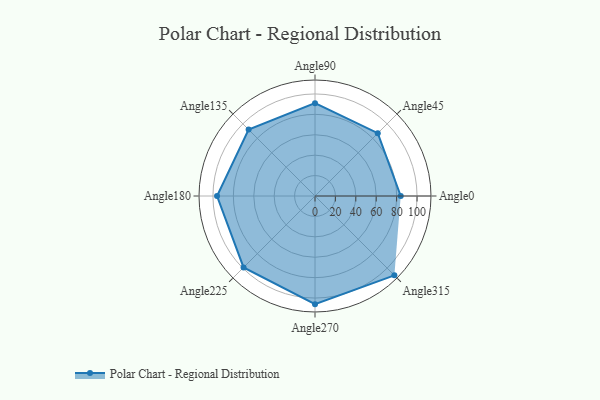
{"axis": {"x": "Angle", "y": "Radius"}, "legend": [""], "data": [{"x": "Angle0", "y": 84.0, "type": ""}, {"x": "Angle45", "y": 87.0, "type": ""}, {"x": "Angle90", "y": 91.0, "type": ""}, {"x": "Angle135", "y": 92.0, "type": ""}, {"x": "Angle180", "y": 96.0, "type": ""}, {"x": "Angle225", "y": 99.0, "type": ""}, {"x": "Angle270", "y": 106.0, "type": ""}, {"x": "Angle315", "y": 110.0, "type": ""}]}